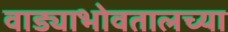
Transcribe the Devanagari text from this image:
वाड्याभोवतालच्या